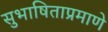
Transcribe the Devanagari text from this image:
सुभाषिताप्रमाणे